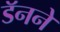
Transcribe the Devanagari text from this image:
डॅनने